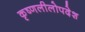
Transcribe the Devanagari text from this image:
कृष्णलीलोपदेश